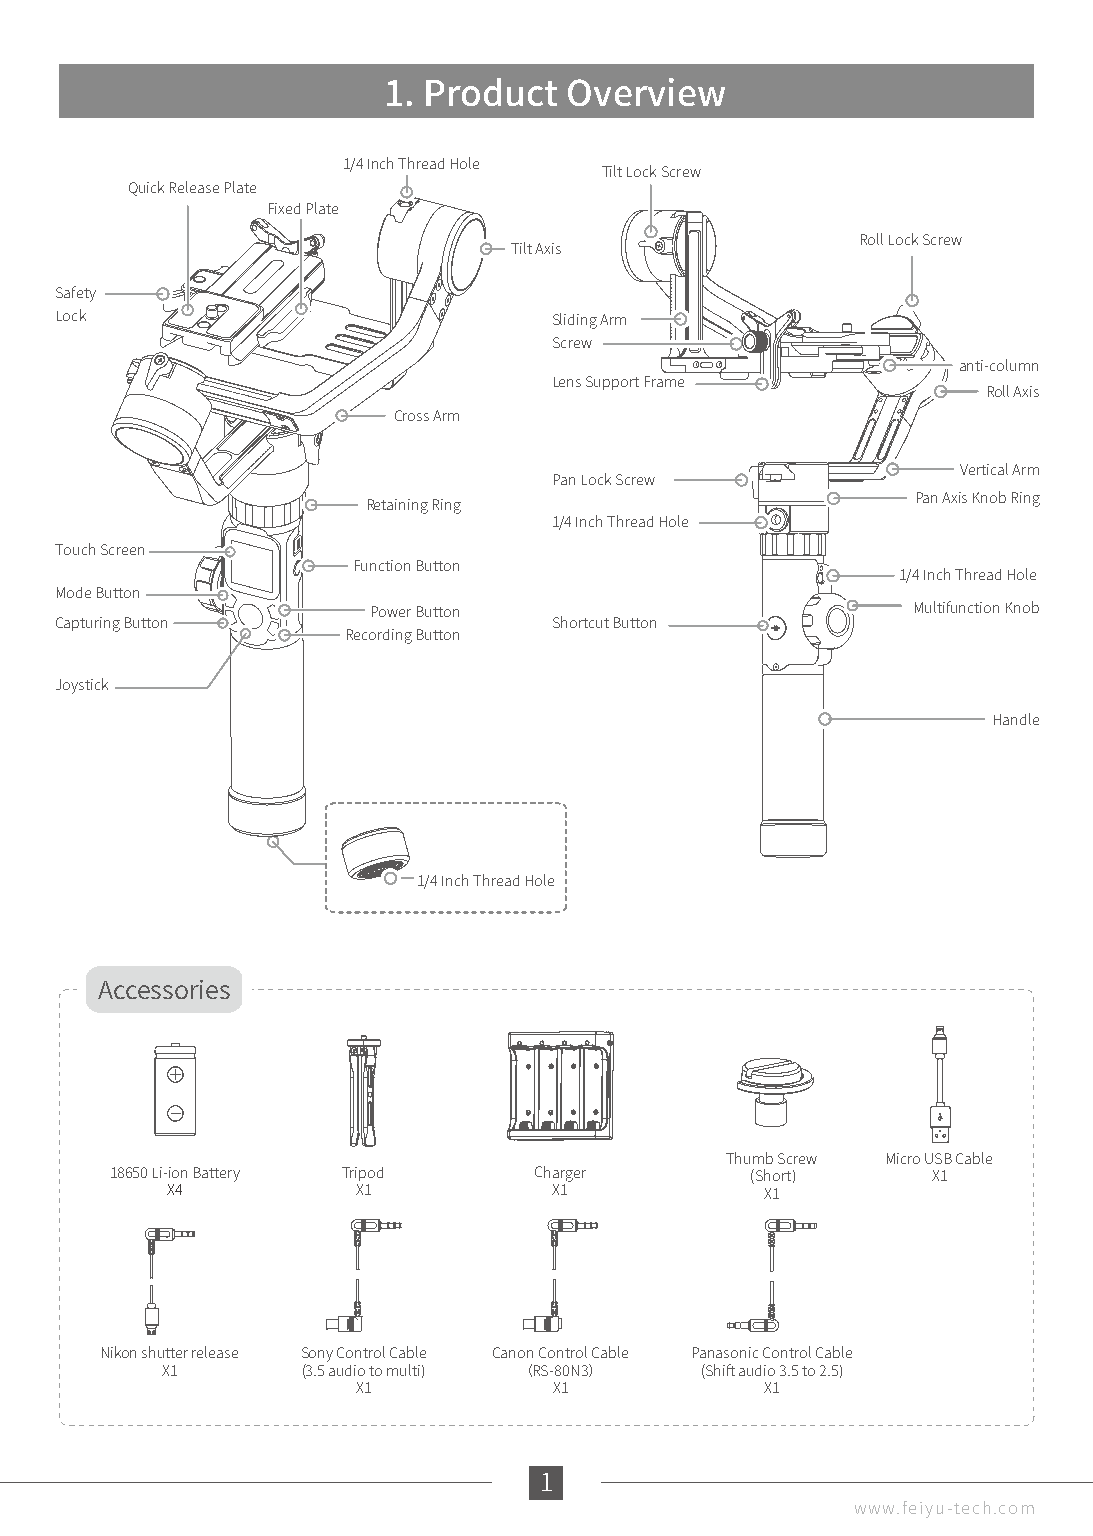
1. Product  Overview
 1/4 Inch Thread Hole
 Tilt Lock Screw
 Quick Release Plate
 Fixed Plate
 Roll Lock Screw
 Tilt Axis
 Safety
 Lock                             Sliding Arm
 Screw
 anti-column
 Lens Support Frame
 Roll Axis
 Cross Arm
 Vertical Arm
 Pan Lock Screw
 Pan Axis Knob Ring
 Retaining Ring
 1/4 Inch Thread Hole
 Touch Screen
 Function Button
 1/4 Inch Thread Hole
 Mode Button
 Power Button                        Multifunction Knob
 Capturing Button                 Shortcut Button
 Recording Button
 Joystick
 Handle
 1/4 Inch Thread Hole
 Accessories
 Thumb Screw Micro USB Cable
 18650 Li-ion Battery Tripod Charger        (Short)     X1
 X4           X1           X1            X1
 Nikon shutter release Sony Control Cable Canon Control Cable Panasonic Control Cable
 X1       (3.5 audio to multi) （RS-80N3） (Shift audio 3.5 to 2.5)
 X1           X1            X1
 1
 www.feiyu-tech.com